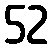
52